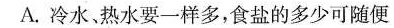
A.冷水热水要一样多，食盐的多少可随便